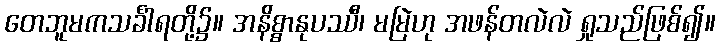
တေဘူမကသင်္ခါရတို့၌။ အနိစ္စာနုပဿီ၊ မမြဲဟု အဖန်တလဲလဲ ရှုသည်ဖြစ်၍။